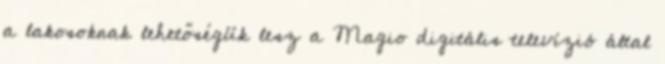
a lakosoknak lehetőségük lesz a Magio digitális televízió által